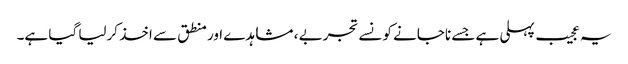
یہ عجیب پہلی ہے جسے ناجانے کونسے تجربے ، مشاہدے اور منطق سے اخذ کرلیا گیا ہے۔